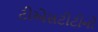
ટીએસટીટીનો